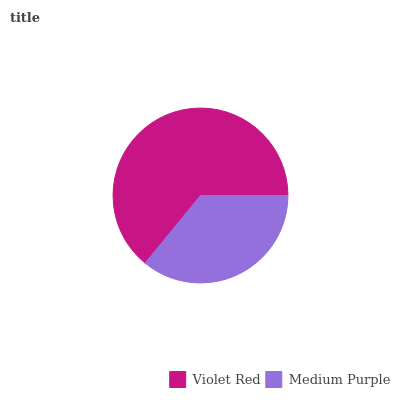
| Violet Red | Medium Purple |
 | --- | --- |
 | 64.1% | 35.9% |